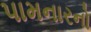
પામનારનો